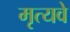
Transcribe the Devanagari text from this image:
मृत्यवे